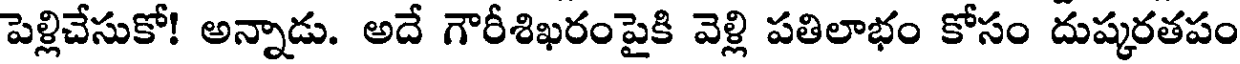
పెళ్లిచేసుకో! అన్నాడు. అదే గౌరీశిఖరంపైకి వెళ్లి పతిలాభం కోసం దుష్కరతపం